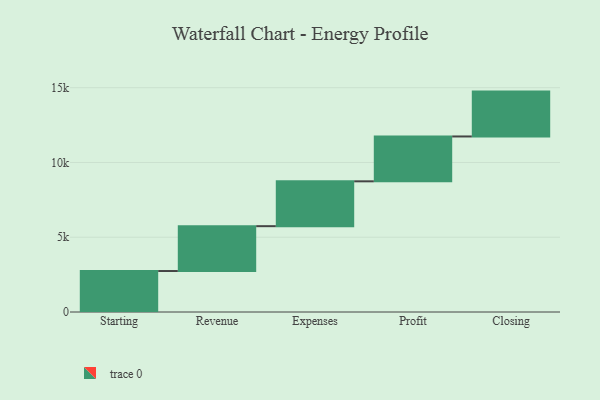
{"axis": {"x": "Step", "y": "Value"}, "legend": [""], "data": [{"x": "Starting", "y": 2740.0, "type": ""}, {"x": "Revenue", "y": 3000, "type": ""}, {"x": "Expenses", "y": 3000, "type": ""}, {"x": "Profit", "y": 3000, "type": ""}, {"x": "Closing", "y": 3000, "type": ""}]}